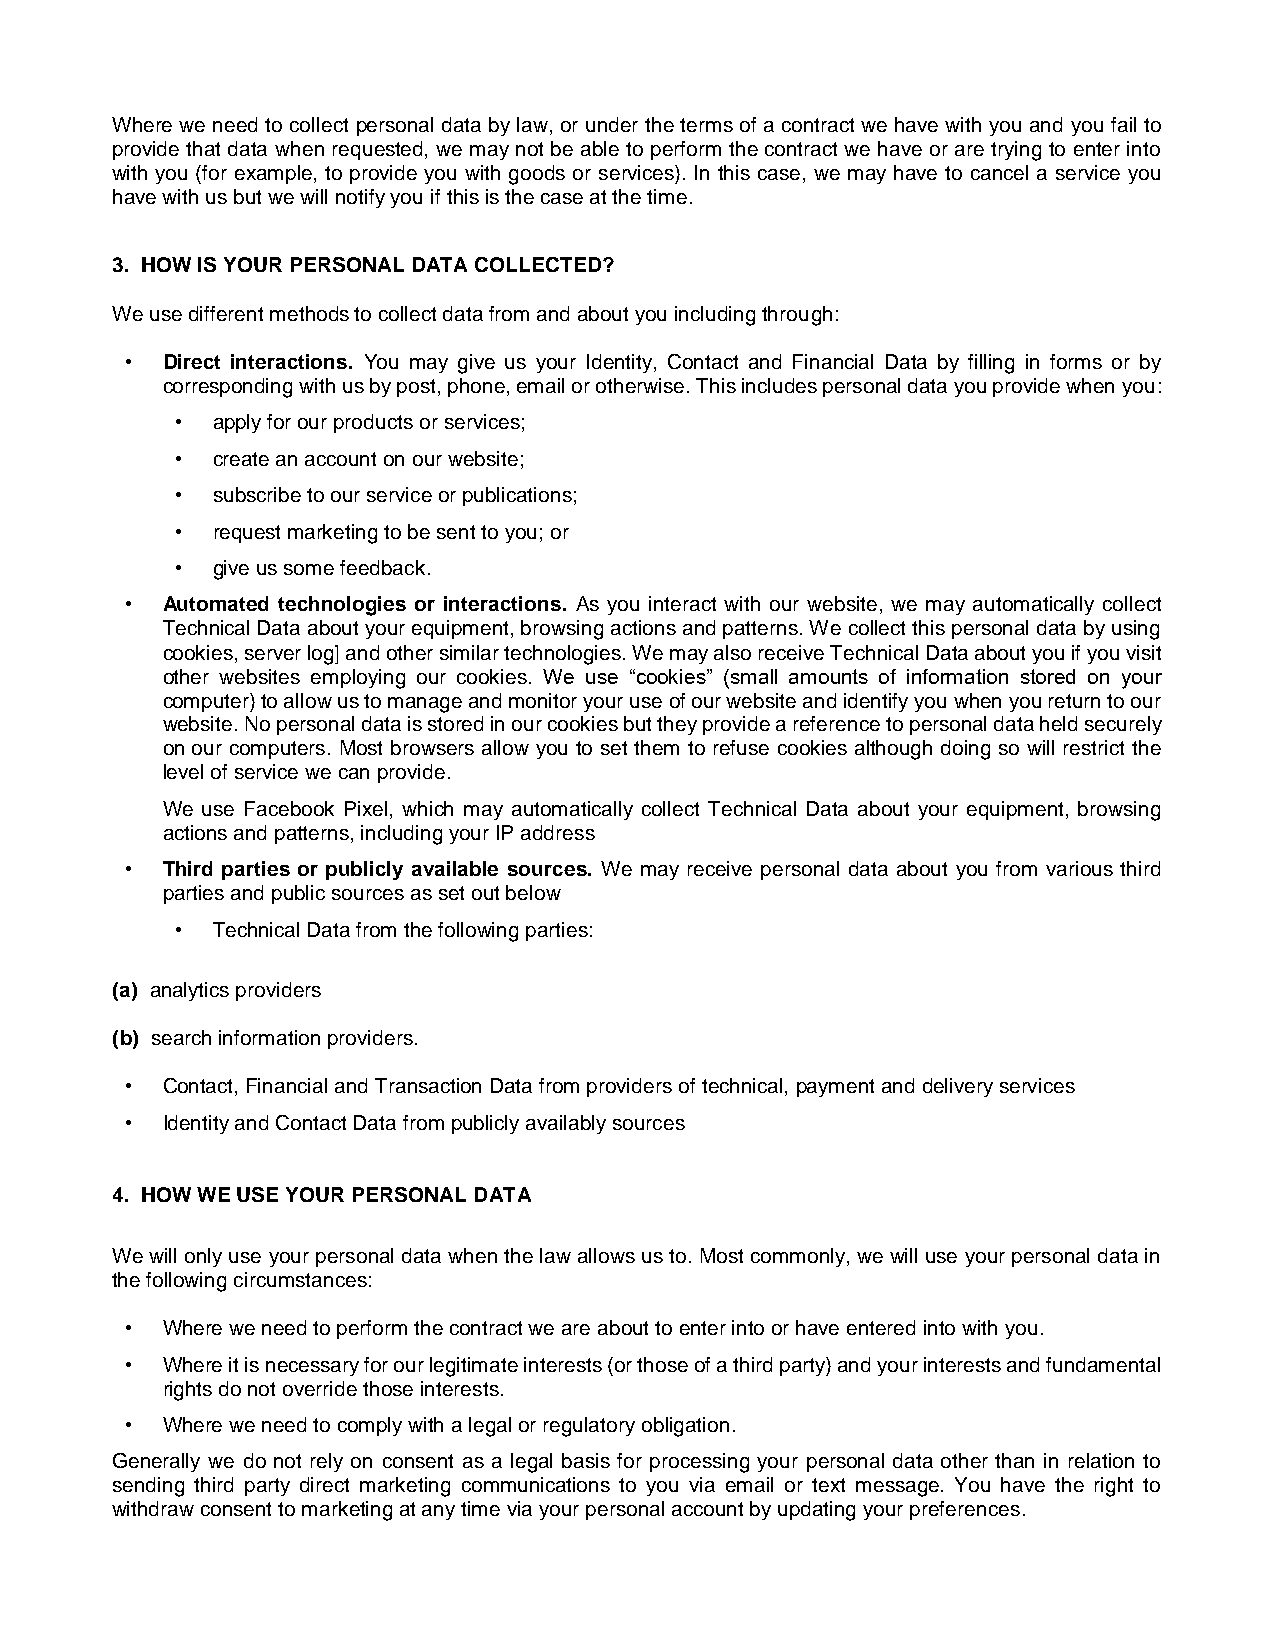
Where we need to collect personal data by law, or under the terms of a contract we have with you and you fail to
 provide that data when requested, we may not be able to perform the contract we have or are trying to enter into
 with you (for example, to provide you with goods or services). In this case, we may have to cancel a service you
 have with us but we will notify you if this is the case at the time.
 3. HOW IS YOUR PERSONAL DATA COLLECTED?
 We use different methods to collect data from and about you including through:
 •  Direct interactions. You may give us your Identity, Contact and Financial Data by filling in forms or by
 corresponding with us by post, phone, email or otherwise. This includes personal data you provide when you:
 • apply for our products or services;
 • create an account on our website;
 • subscribe to our service or publications;
 • request marketing to be sent to you; or
 • give us some feedback.
 •  Automated technologies or interactions. As you interact with our website, we may automatically collect
 Technical Data about your equipment, browsing actions and patterns. We collect this personal data by using
 cookies, server log] and other similar technologies. We may also receive Technical Data about you if you visit
 other websites employing our cookies. We use “cookies” (small amounts of information stored on your
 computer) to allow us to manage and monitor your use of our website and identify you when you return to our
 website. No personal data is stored in our cookies but they provide a reference to personal data held securely
 on our computers. Most browsers allow you to set them to refuse cookies although doing so will restrict the
 level of service we can provide.
 We use Facebook Pixel, which may automatically collect Technical Data about your equipment, browsing
 actions and patterns, including your IP address
 •  Third parties or publicly available sources. We may receive personal data about you from various third
 parties and public sources as set out below
 • Technical Data from the following parties:
 (a) analytics providers
 (b) search information providers.
 •  Contact, Financial and Transaction Data from providers of technical, payment and delivery services
 •  Identity and Contact Data from publicly availably sources
 4. HOW WE USE YOUR PERSONAL DATA
 We will only use your personal data when the law allows us to. Most commonly, we will use your personal data in
 the following circumstances:
 •  Where we need to perform the contract we are about to enter into or have entered into with you.
 •  Where it is necessary for our legitimate interests (or those of a third party) and your interests and fundamental
 rights do not override those interests.
 •  Where we need to comply with a legal or regulatory obligation.
 Generally we do not rely on consent as a legal basis for processing your personal data other than in relation to
 sending third party direct marketing communications to you via email or text message. You have the right to
 withdraw consent to marketing at any time via your personal account by updating your preferences.